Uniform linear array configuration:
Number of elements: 8
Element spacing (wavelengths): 0.75
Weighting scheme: hann
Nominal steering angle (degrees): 15
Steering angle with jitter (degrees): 14.003
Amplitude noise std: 0.05
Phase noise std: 0.05

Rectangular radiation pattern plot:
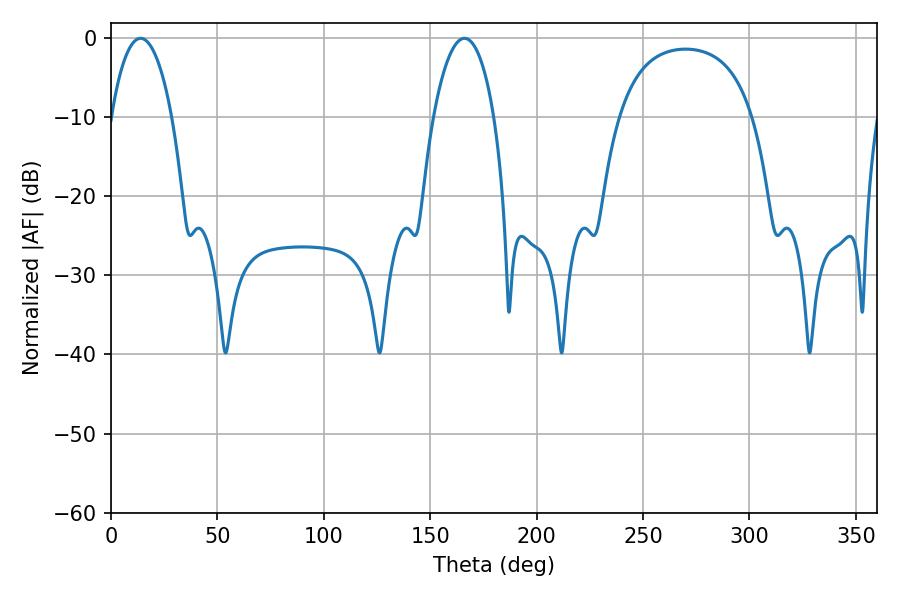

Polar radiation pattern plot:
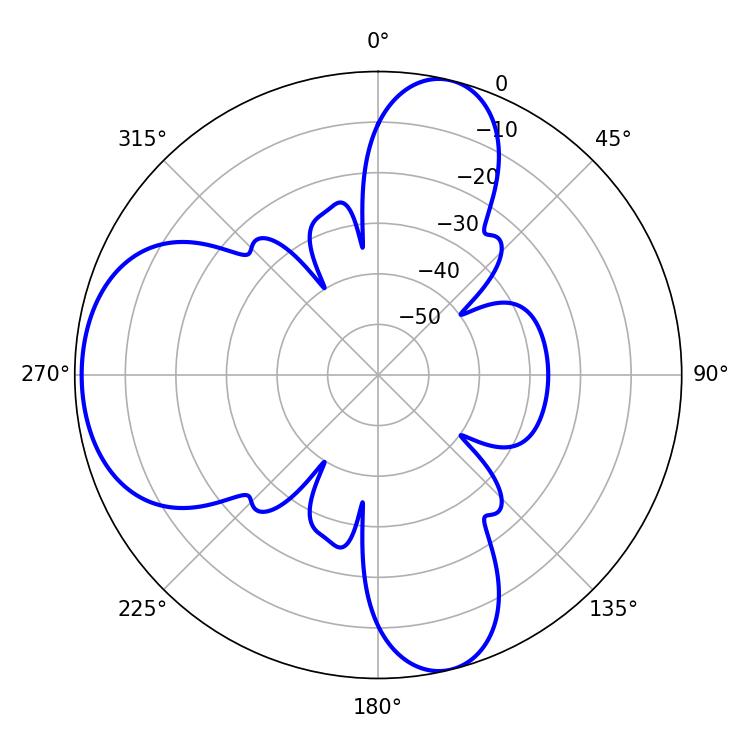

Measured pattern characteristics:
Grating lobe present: TRUE
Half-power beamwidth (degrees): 15.84
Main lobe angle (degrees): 166.14